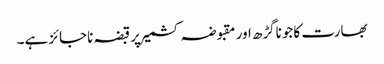
بھارت کا جوناگڑھ اور مقبوضہ کشمیر پرقبضہ ناجائز ہے۔